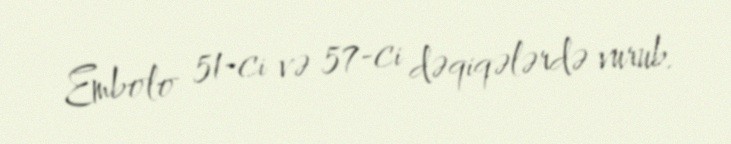
Embolo 51-ci və 57-ci dəqiqələrdə vurub.